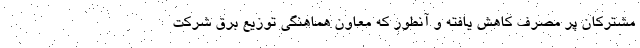
مشترکان پر مصرف کاهش یافته و آنطور که معاون هماهنگی توزیع برق شرکت